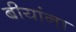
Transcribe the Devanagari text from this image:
बीयांना